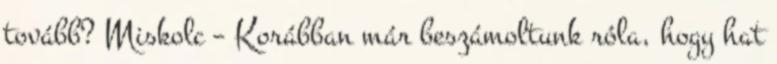
tovább? Miskolc – Korábban már beszámoltunk róla, hogy hat